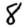
Digit: 8